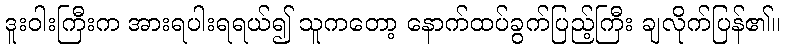
ဒူးဝါးကြီးက အားရပါးရရယ်၍ သူကတော့ နောက်ထပ်ခွက်ပြည့်ကြီး ချလိုက်ပြန်၏။